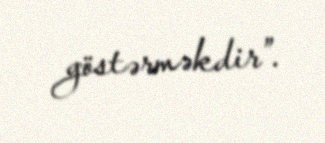
göstərməkdir”.